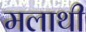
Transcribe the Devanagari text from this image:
मलाथी